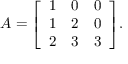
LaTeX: A = { \left[ \begin{array} { l l l } { 1 } & { 0 } & { 0 } \\ { 1 } & { 2 } & { 0 } \\ { 2 } & { 3 } & { 3 } \end{array} \right] } .